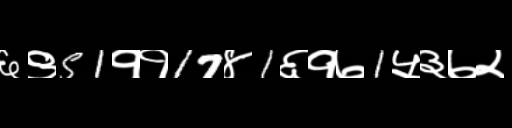
Text: ६९51११17४1६१७1५३७२